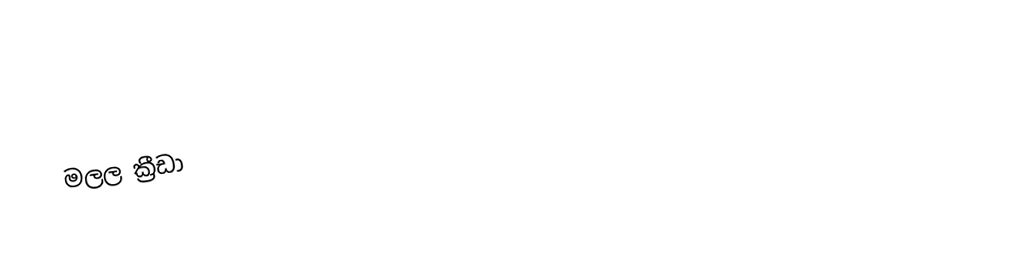
මලල ක්‍රීඩා